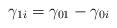
LaTeX: \begin{align*}\gamma_{1i} = \gamma_{01} - \gamma_{0i}\end{align*}